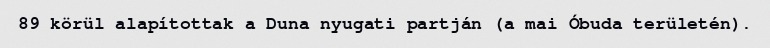
89 körül alapítottak a Duna nyugati partján (a mai Óbuda területén).